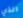
الذي